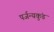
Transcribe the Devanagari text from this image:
पर्जन्यकुंड